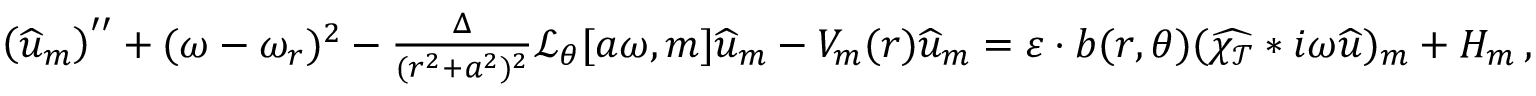
\begin{array} { r } { \left( \widehat { u } _ { m } \right) ^ { \prime \prime } + ( \omega - \omega _ { r } ) ^ { 2 } - \frac { \Delta } { ( r ^ { 2 } + a ^ { 2 } ) ^ { 2 } } \mathcal { L } _ { \theta } [ a \omega , m ] \widehat { u } _ { m } - V _ { m } ( r ) \widehat { u } _ { m } = \varepsilon \cdot b ( r , \theta ) ( \widehat { \chi _ { \mathcal { T } } } * i \omega \widehat { u } ) _ { m } + H _ { m } \, , } \end{array}